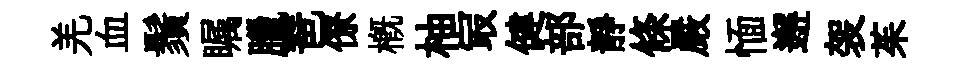
羌血鬚瞩臘琶僚概柚冣健部靜條嚴愐邂袈茱